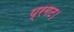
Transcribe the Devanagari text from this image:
प्रगट।